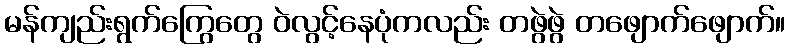
မန်ကျည်းရွက်ကြွေတွေ ဝဲလွင့်နေပုံကလည်း တဖွဲဖွဲ တဖျောက်ဖျောက်။